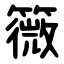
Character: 䉠